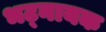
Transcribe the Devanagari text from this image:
भट्नायक